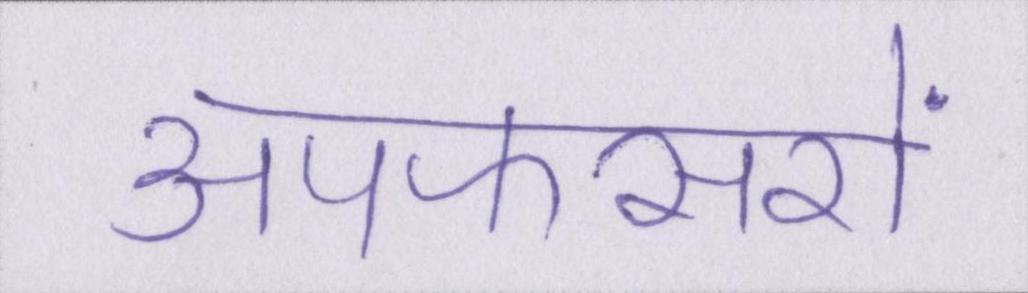
अपफसरों